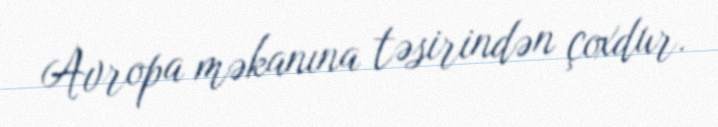
Avropa məkanına təsirindən çoxdur.